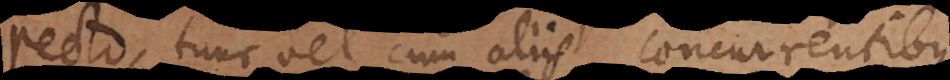
recto, tunc vel cum aliis concurrentibus